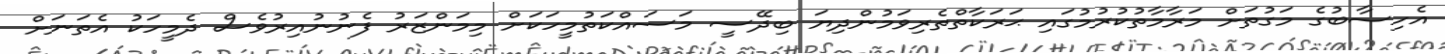
އެހިސާބުގެ މަގުތަށް މަރާމާތުކުރުމުގައި ޙަރަކާތްތެރިވަމުންދިޔަ ބިދޭސީ މަސައްކަތުމީހަކަށް މިމަންޒަރު ފެނުނުއިރުވެސް ދެމީހަކު އެތަނަށް